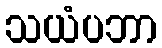
သယံပဘာ